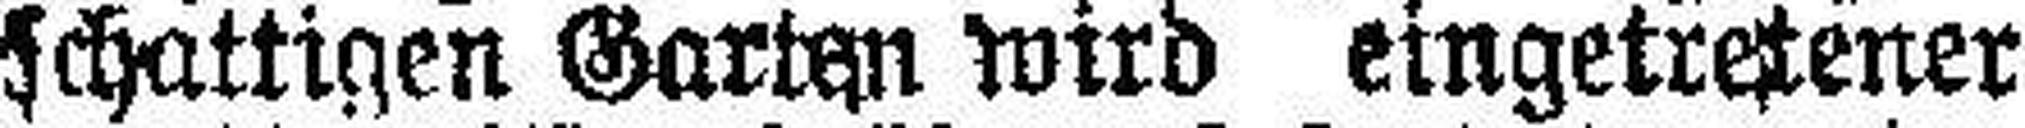
schattigen Garben wird eingetretener